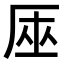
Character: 𠩟